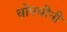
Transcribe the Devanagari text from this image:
चोपचीनी